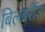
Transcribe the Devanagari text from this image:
बिलबेर्रीज़